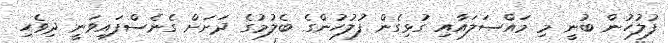
ފުލުހުން ބުނީ މި މައްސަލައާއި ގުޅިގެން ފުލުހުންގެ ބެލުމުގެ ދަށަށް ގެނެސްފައިވަނީ ދިވެހި